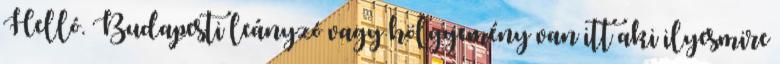
Helló. Budapesti leányzó vagy hölgyemény van itt aki ilyesmire